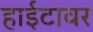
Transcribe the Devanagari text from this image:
हाईटावर